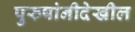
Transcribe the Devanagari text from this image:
पुरुषांनीदेखील